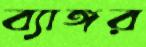
ব্যাঙ্গর